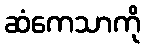
ဆံကေသာကို